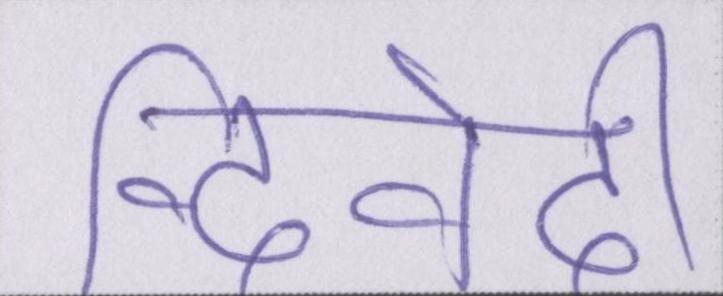
द्विवेदी